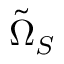
\tilde { \Omega } _ { S }